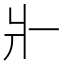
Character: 𤕬